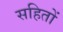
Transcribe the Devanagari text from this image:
सहितों